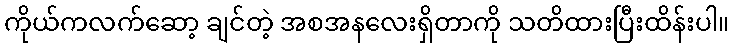
ကိုယ်ကလက်ဆော့ ချင်တဲ့ အစအနလေးရှိတာကို သတိထားပြီးထိန်းပါ။